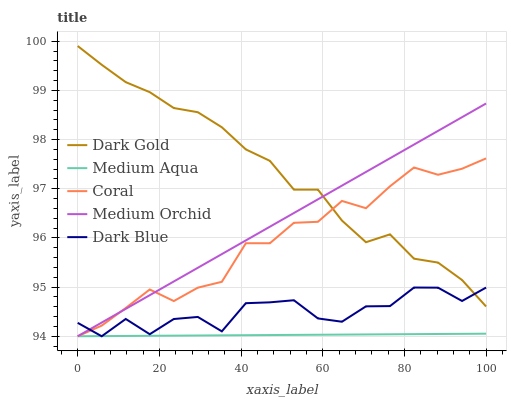
| xaxis_label | Dark Gold | Medium Aqua | Coral | Medium Orchid | Dark Blue |
 | --- | --- | --- | --- | --- | --- |
 | 0 | 99.9 | 94 | 94 | 94 | 94.3 |
 | 5.88 | 99.5 | 94 | 94.2 | 94.3 | 94 |
 | 11.8 | 99.2 | 94 | 94.6 | 94.6 | 94.4 |
 | 17.6 | 99 | 94 | 95 | 94.8 | 94 |
 | 23.5 | 98.6 | 94 | 94.7 | 95.1 | 94.4 |
 | 29.4 | 98.6 | 94 | 95 | 95.4 | 94.4 |
 | 35.3 | 98.3 | 94 | 95.1 | 95.7 | 94.1 |
 | 41.2 | 97.8 | 94 | 95.9 | 95.9 | 94.7 |
 | 47.1 | 97.6 | 94 | 95.9 | 96.2 | 94.7 |
 | 52.9 | 97 | 94 | 96.3 | 96.5 | 94.7 |
 | 58.8 | 97 | 94 | 96.3 | 96.8 | 94.4 |
 | 64.7 | 96.4 | 94 | 96.8 | 97.1 | 94.3 |
 | 70.6 | 95.9 | 94 | 96.6 | 97.3 | 94.6 |
 | 76.5 | 96.1 | 94 | 97.1 | 97.6 | 94.6 |
 | 82.4 | 95.6 | 94 | 97.4 | 97.9 | 95 |
 | 88.2 | 95.5 | 94 | 97.3 | 98.2 | 95 |
 | 94.1 | 95.1 | 94 | 97.4 | 98.5 | 94.7 |
 | 100 | 94.6 | 94.1 | 97.6 | 98.7 | 95 |